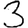
Digit: 3